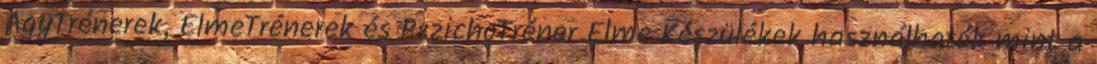
AgyTrénerek, ElmeTrénerek és PszichoTréner Elme Készülékek használhatók mint a